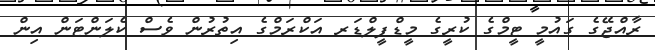
ރާއްޖޭގެ ގައުމީ ޓީމްގެ ކުރީގެ މީޑްފީލްޑަރ އަކްރަމްގެ އިތުރުން ވެސް ކެލަންޓަން އިން